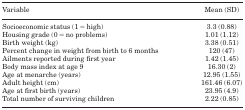
<table><thead><tr><td><b>Variable</b></td><td><b>Mean (SD)</b></td></tr></thead><tbody><tr><td>Socioeconomic status (1 = high)</td><td>3.3 (0.88)</td></tr><tr><td>Housing grade (0 = no problems)</td><td>1.01 (1.12)</td></tr><tr><td>Birth weight (kg)</td><td>3.38 (0.51)</td></tr><tr><td>Percent change in weight from birth to 6 months</td><td>120 (47)</td></tr><tr><td>Ailments reported during first year</td><td>1.42 (1.45)</td></tr><tr><td>Body mass index at age 9</td><td>16.30 (2)</td></tr><tr><td>Age at menarche (years)</td><td>12.95 (1.55)</td></tr><tr><td>Adult height (cm)</td><td>161.46 (6.07)</td></tr><tr><td>Age at first birth (years)</td><td>23.95 (4.9)</td></tr><tr><td>Total number of surviving children</td><td>2.22 (0.85)</td></tr></tbody></table>